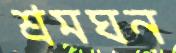
শ্রমঘন